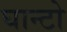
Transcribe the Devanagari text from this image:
घान्टो